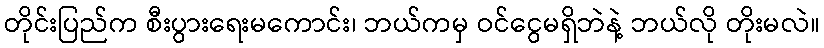
တိုင်းပြည်က စီးပွားရေးမကောင်း၊ ဘယ်ကမှ ဝင်ငွေမရှိဘဲနဲ့ ဘယ်လို တိုးမလဲ။